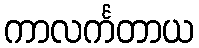
ကာလင်္ကတာယ